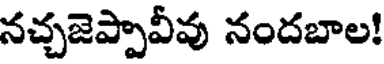
నచ్చజెప్పావీవు నందబాల!